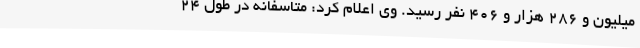
میلیون و 286 هزار و 406 نفر رسید. وی اعلام کرد: متاسفانه در طول 24